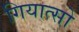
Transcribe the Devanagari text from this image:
गियात्सो